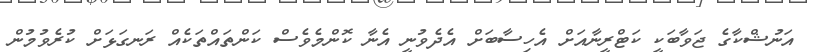
އަނުޝްކާގެ ޖަވާބަކީ ކަޓްރީނާއަށް އެހިސާބަށް އެދެވުނީ އެނާ ކޮންމެވެސް ކަންތައްތަކެއް ރަނގަޅަށް ކުރެވުމުން